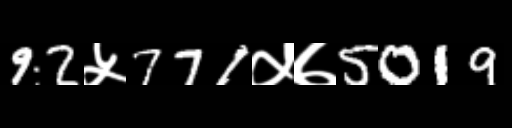
Text: 92५771५७5019